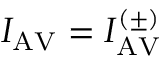
I _ { \mathrm { A V } } = I _ { \mathrm { A V } } ^ { ( \pm ) }